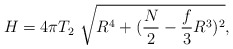
\begin{align*}H=4\pi T_2 \ \sqrt{R^4+(\frac{N}{2}-\frac{f}{3}R^3)^2},\end{align*}